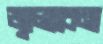
জ্বালাবেনা